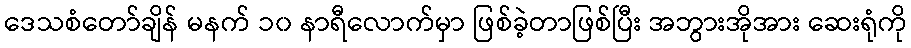
ဒေသစံတော်ချိန် မနက် ၁၀ နာရီလောက်မှာ ဖြစ်ခဲ့တာဖြစ်ပြီး အဘွားအိုအား ဆေးရုံကို